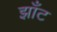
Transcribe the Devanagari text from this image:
झाँट